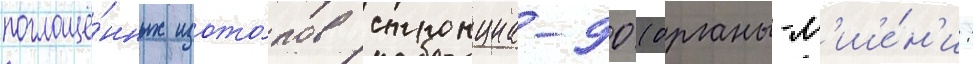
поглощё́нных изото́пов стронциа-90 (органы-м'ише́н'и: